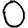
Digit: 0